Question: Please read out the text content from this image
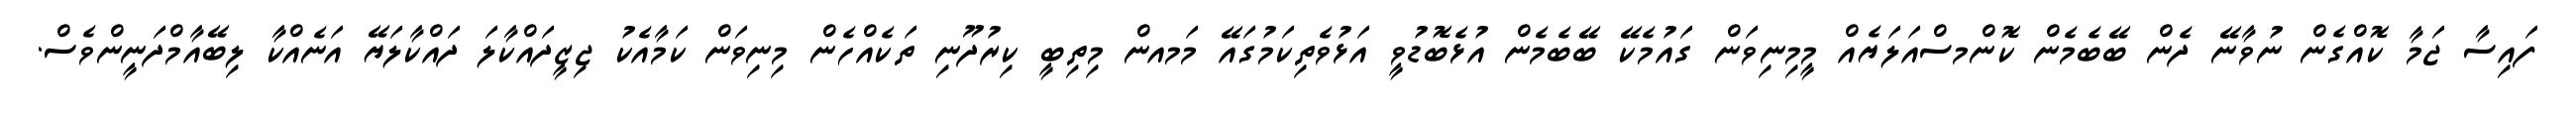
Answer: ފައިސާ ޖަމާ ކޮއްގެން ނުވާނޭ ދެން ބޭބެމެން ކޮންމސްއަލަޔެއް މީމިނިވަން ގައުމެކޭ ބޭބެމެން އުޅެބޮޑުވީ އަޅުވެތިކަމުގައޭ މަމއން މިތިބީ ކިރުދޫނި ތަކެއްހެން މިނިވަން ކަމާއެކު ޖިޒީދައްކާލަ ދައްކާލަޔޭ އަނެއްކާ ލިބޭއާމްދަނީންވެސް.